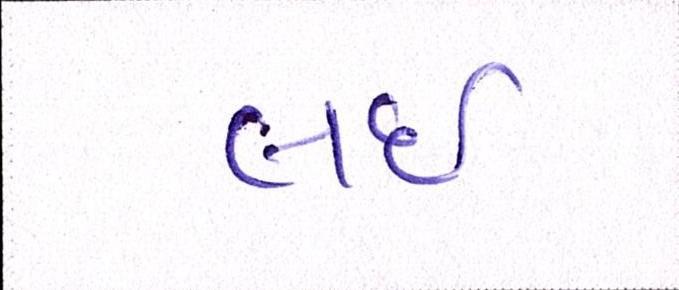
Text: લઇ